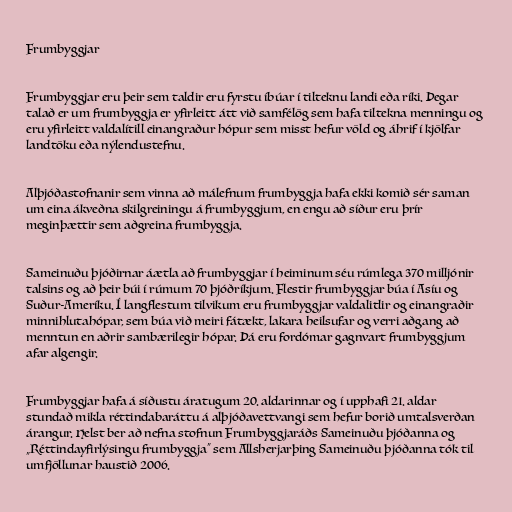
Frumbyggjar

Frumbyggjar eru þeir sem taldir eru fyrstu íbúar í tilteknu landi eða ríki. Þegar
talað er um frumbyggja er yfirleitt átt við samfélög sem hafa tiltekna menningu og
eru yfirleitt valdalítill einangraður hópur sem misst hefur völd og áhrif í kjölfar
landtöku eða nýlendustefnu.

Alþjóðastofnanir sem vinna að málefnum frumbyggja hafa ekki komið sér saman
um eina ákveðna skilgreiningu á frumbyggjum, en engu að síður eru þrír
meginþættir sem aðgreina frumbyggja.

Sameinuðu þjóðirnar áætla að frumbyggjar í heiminum séu rúmlega 370 milljónir
talsins og að þeir búi í rúmum 70 þjóðríkjum. Flestir frumbyggjar búa í Asíu og
Suður-Ameríku. Í langflestum tilvikum eru frumbyggjar valdalitlir og einangraðir
minnihlutahópar, sem búa við meiri fátækt, lakara heilsufar og verri aðgang að
menntun en aðrir sambærilegir hópar. Þá eru fordómar gagnvart frumbyggjum
afar algengir.

Frumbyggjar hafa á síðustu áratugum 20. aldarinnar og í upphafi 21. aldar
stundað mikla réttindabaráttu á alþjóðavettvangi sem hefur borið umtalsverðan
árangur. Helst ber að nefna stofnun Frumbyggjaráðs Sameinuðu þjóðanna og
„Réttindayfirlýsingu frumbyggja“ sem Allsherjarþing Sameinuðu þjóðanna tók til
umfjöllunar haustið 2006.